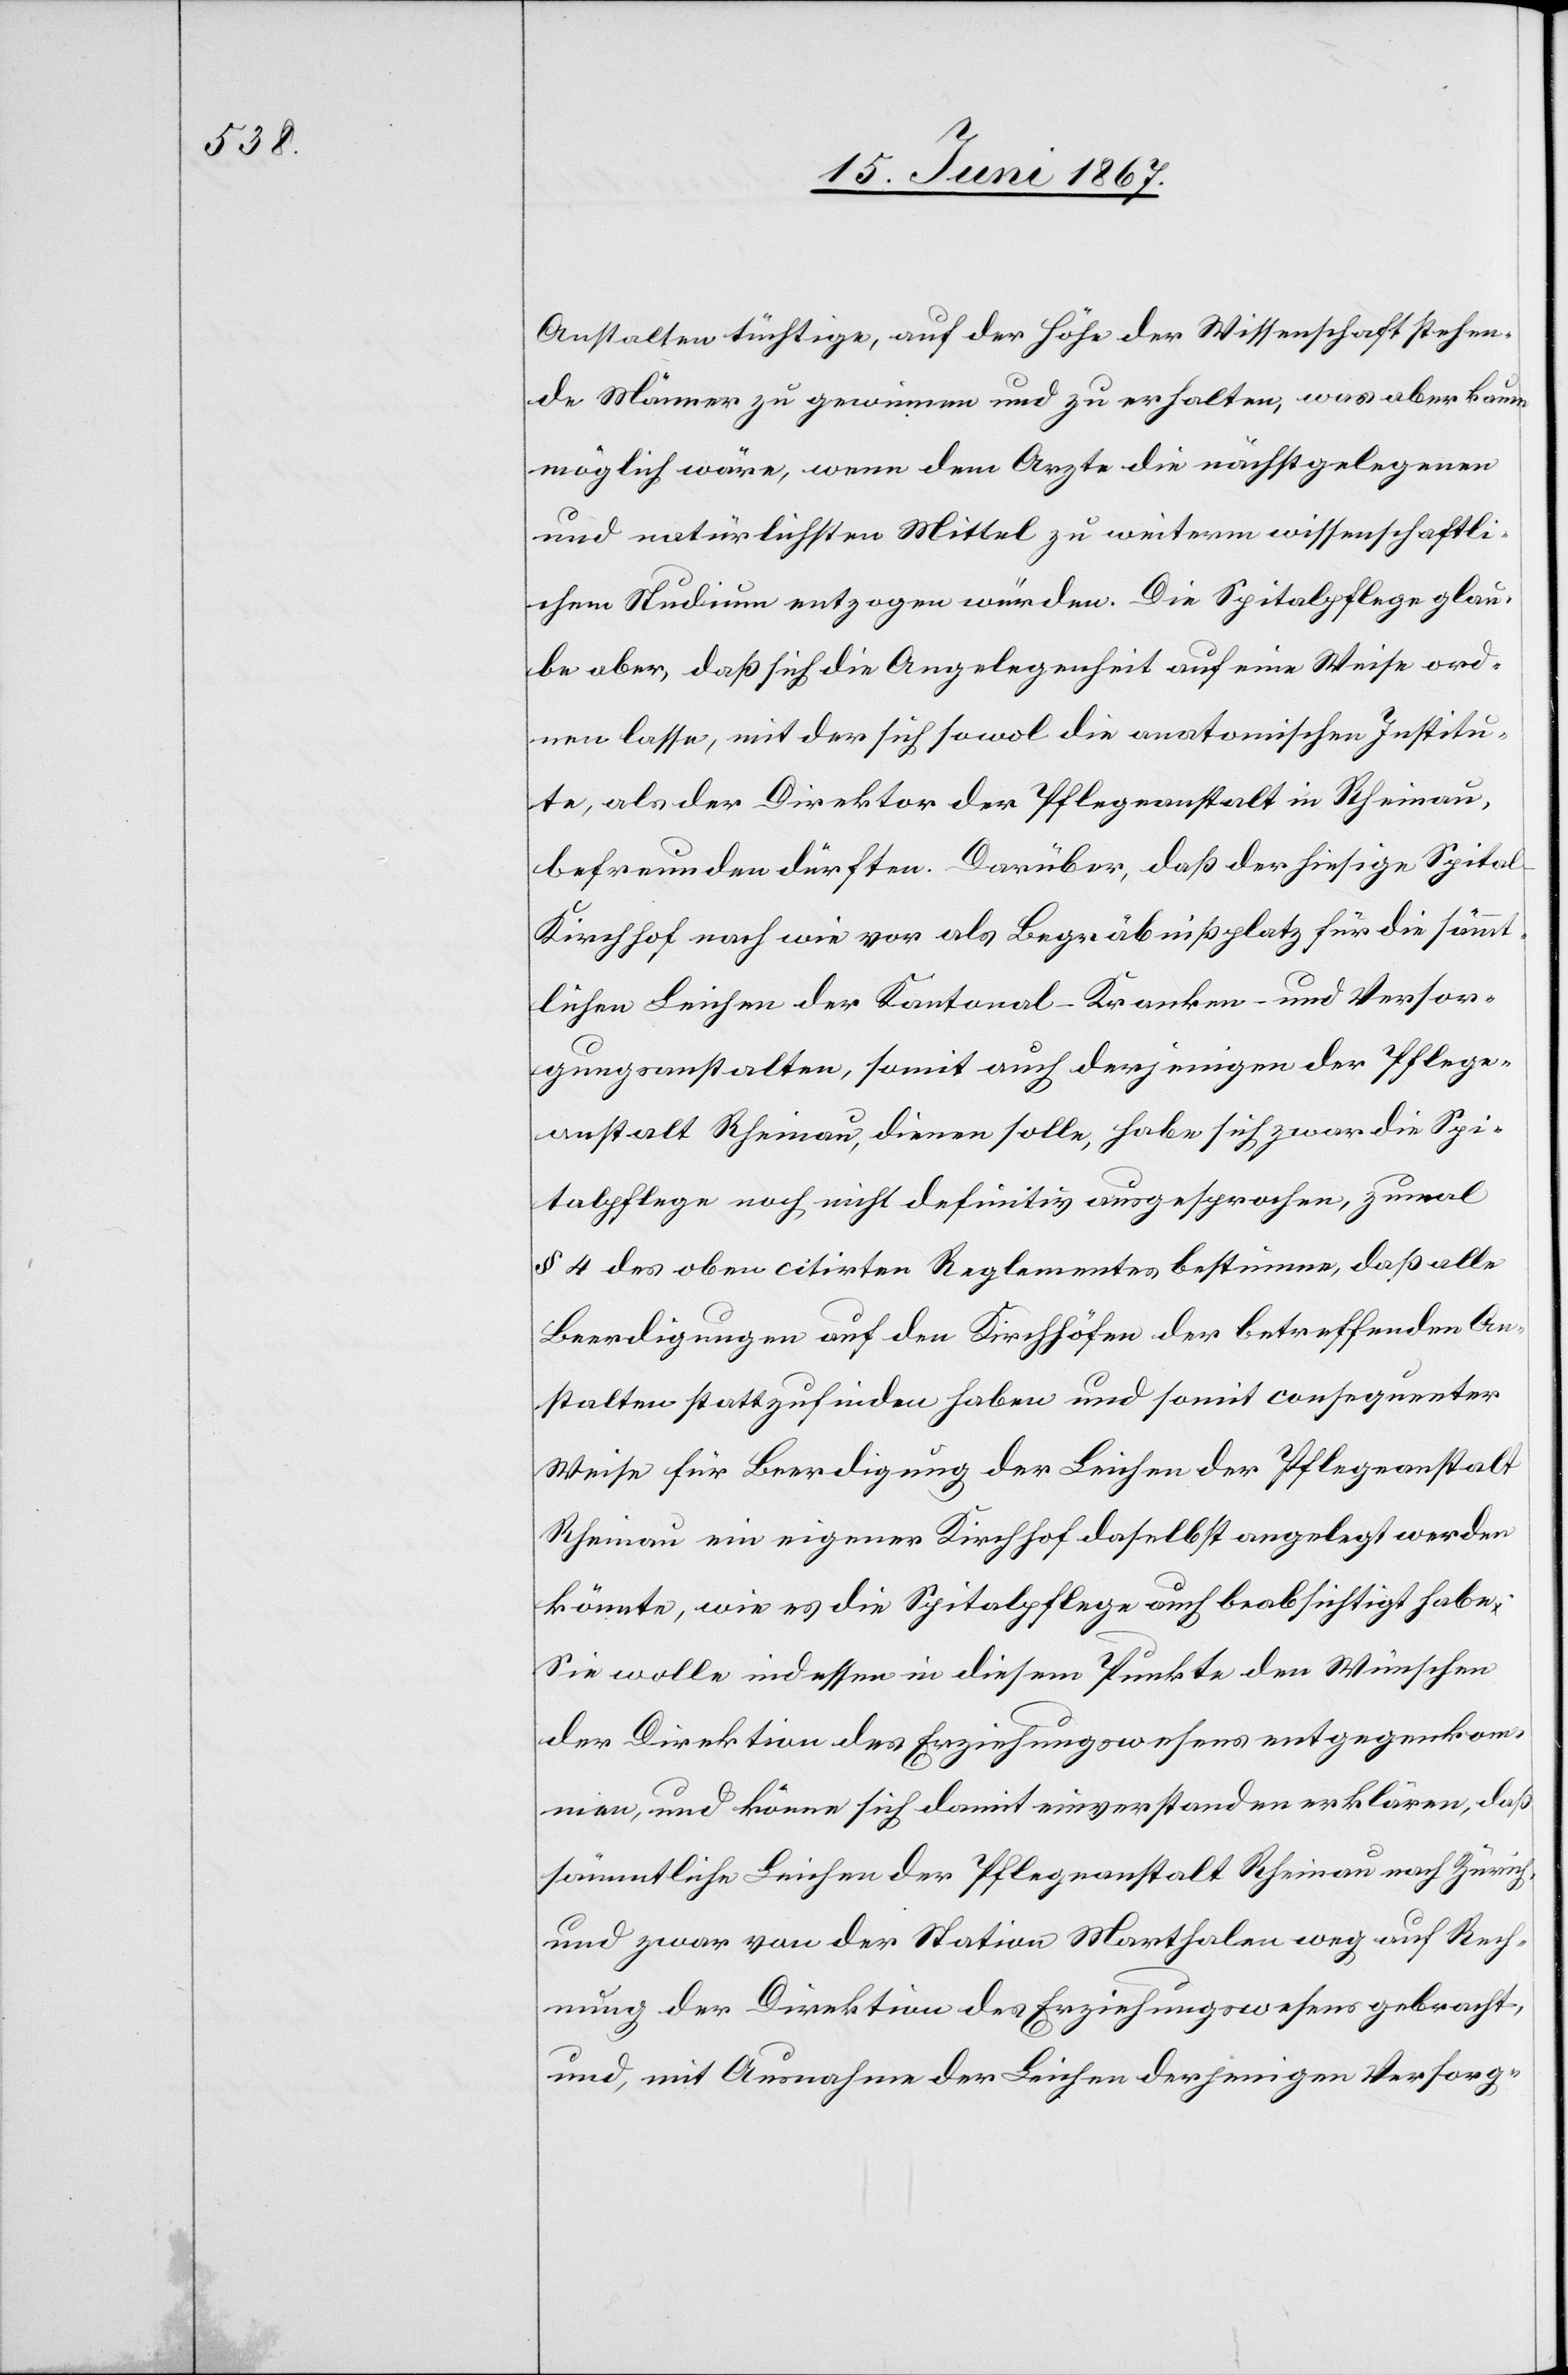
Anstalten tüchtige, auf der Höhe der Wissenschaft stehen¬
de Männer zu gewinnen und zu erhalten, was aber kaum
möglich wäre, wenn dem Arzte die nächstgelegenen
und natürlichsten Mittel zu weiterm wissenschaftli¬
chem Studium entzogen würden. Die Spitalpflege glau¬
be aber, daß sich die Angelegenheit auf eine Weise ord¬
nen lasse, mit der sich sowol die anatomischen Institu¬
te, als der Direktor der Pflegeanstalt in Rheinau,
befreunden dürften. Darüber, daß die hiesige Spita¬
l-Kirchhof nach wie vor als Begräbnißplatz für die sämmt¬
lichen Leichen der Kantonal-Kranken- und Versor¬
gungsanstalten, somit auch derjenigen der Pflege¬
anstalt Rheinau, dienen sollte, habe sich zwar die Spi¬
talpflege noch nicht definitiv ausgesprochen, zumal
§ 4 des oben citirten Reglementes bestimme, daß alle
Beerdigungen auf den Kirchhöfen der betreffenden An¬
stalten stattzufinden haben und somit consequenter
Weise für Beerdigung der Leichen der Pflegeanstalt
Rheinau ein eigener Kirchhof daselbst angelegt werden
könnte, wie es die Spitalpflege auch beabsichtigt habe.
Sie wolle indessen in diesem Punkte den Wünschen
der Direktion des Erziehungswesens entgegenkom¬
men, und könne sich damit einverstanden erklären, daß
sämmtliche Leichen der Pflegeanstalt Rheinau nach Zürich,
und zwar von der Station Marthalen weg auf Rech¬
nung der Direktion des Erziehungswesens gebracht,
und, mit Ausnahme der Leichen derjenigen Versorg-